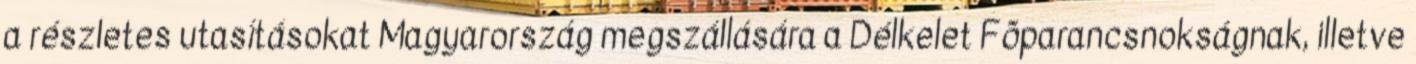
a részletes utasításokat Magyarország megszállására a Délkelet Fõparancsnokságnak, illetve